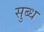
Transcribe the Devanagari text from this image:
सुब्ध